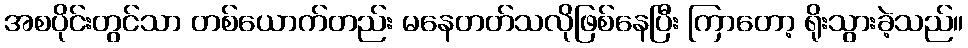
အစပိုင်းတွင်သာ တစ်ယောက်တည်း မနေတတ်သလိုဖြစ်နေပြီး ကြာတော့ ရိုးသွားခဲ့သည်။